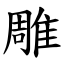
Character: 雕